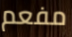
مفعم